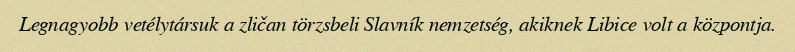
Legnagyobb vetélytársuk a zličan törzsbeli Slavník nemzetség, akiknek Libice volt a központja.